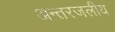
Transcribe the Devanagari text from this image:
अन्‍तरजलीय